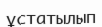
ұстатылып